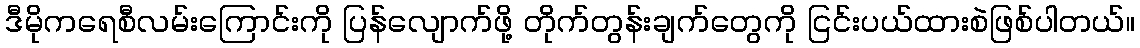
ဒီမိုကရေစီလမ်းကြောင်းကို ပြန်လျောက်ဖို့ တိုက်တွန်းချက်တွေကို ငြင်းပယ်ထားစဲဖြစ်ပါတယ်။